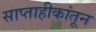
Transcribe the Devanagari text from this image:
साप्ताहीकांतून